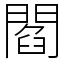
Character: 閻